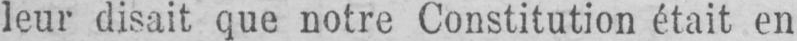
leur disait que notre Constitution était en